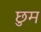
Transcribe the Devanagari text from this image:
छुम